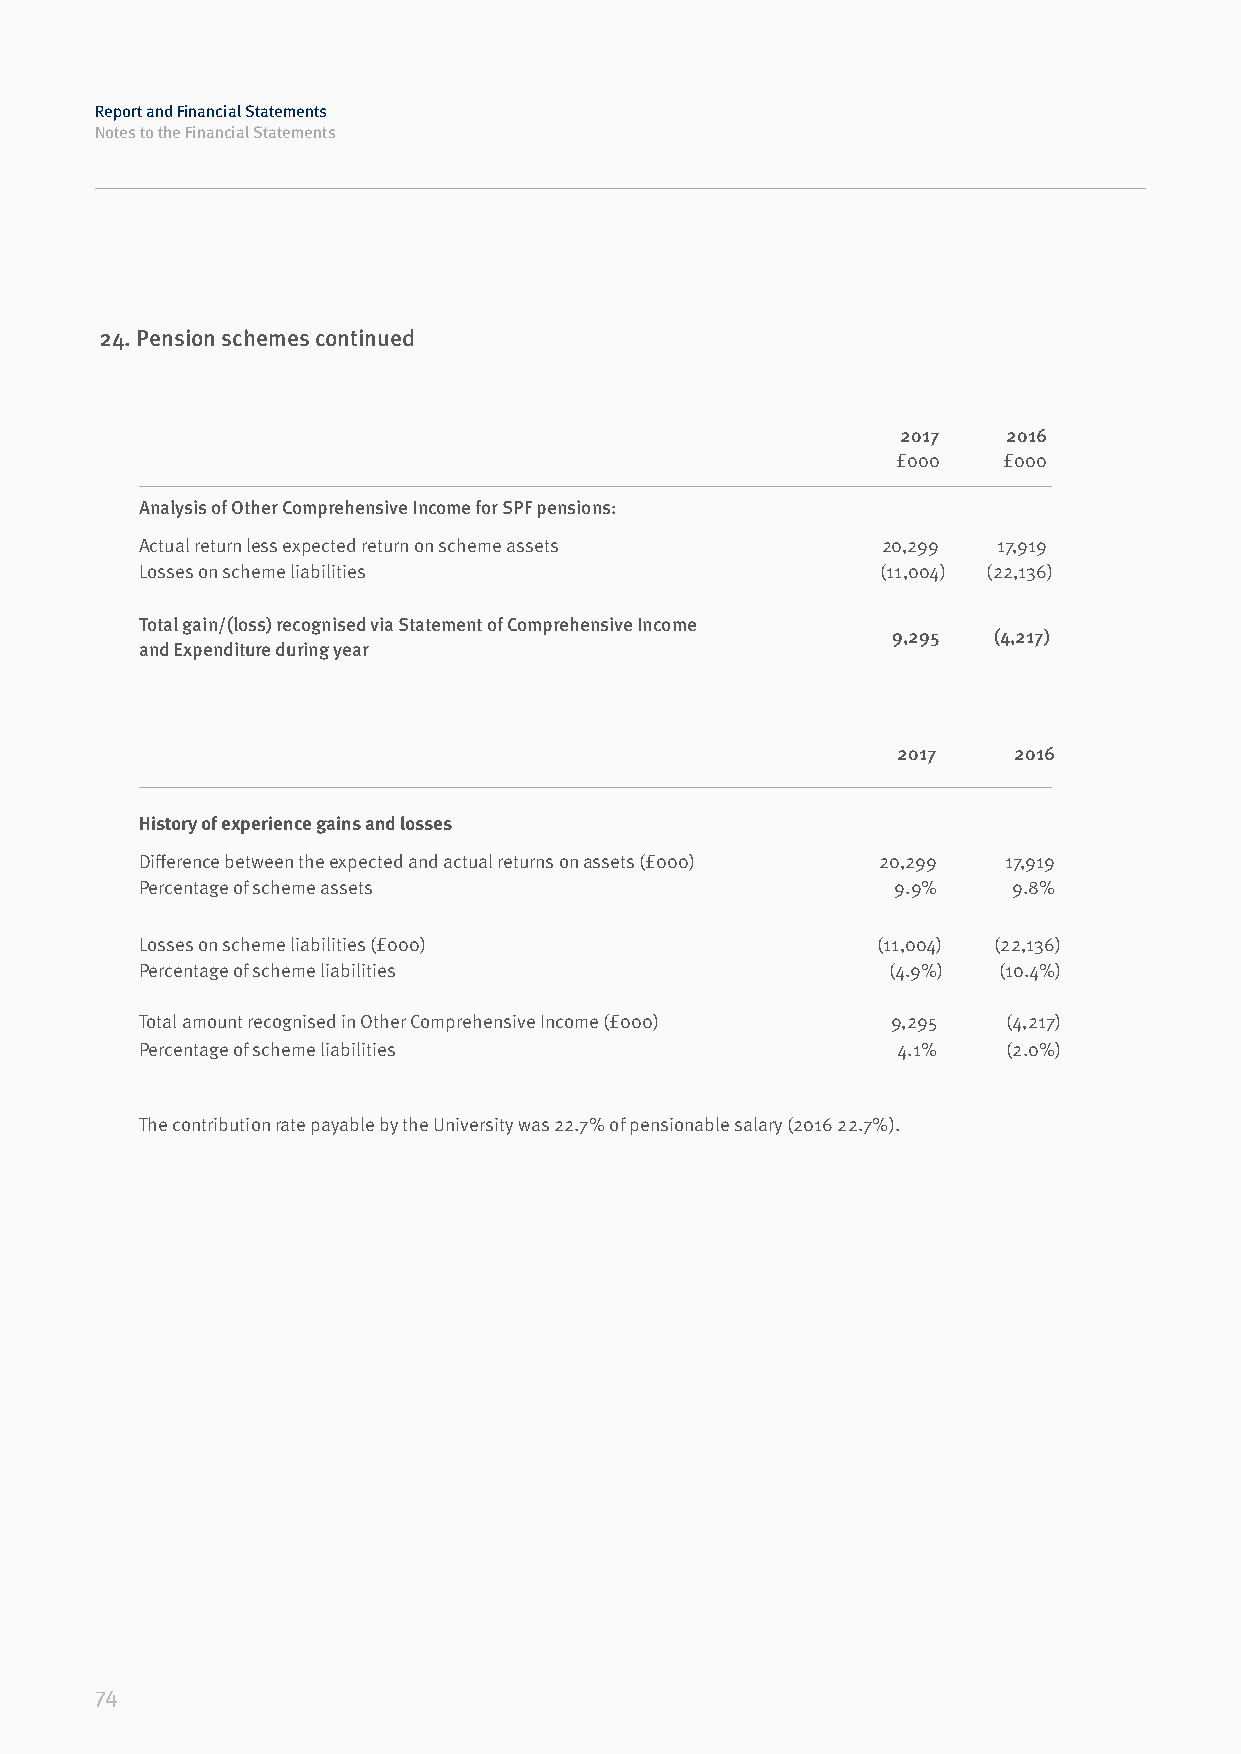
Report and Financial Statements
 Notes to the Financial Statements
 24. Pension schemes continued
 2017   2016
 £000   £000
 Analysis of Other Comprehensive Income for SPF pensions:
 Actual return less expected return on scheme assets 20,299 17,919
 Losses on scheme liabilities                     (11,004) (22,136)
 Total gain/(loss) recognised via Statement of Comprehensive Income
 9,295  (4,217)
 and Expenditure during year
 2017    2016
 History of experience gains and losses
 Difference between the expected and actual returns on assets (£000) 20,299 17,919
 Percentage of scheme assets                       9.9%    9.8%
 Losses on scheme liabilities (£000)              (11,004) (22,136)
 Percentage of scheme liabilities                  (4.9%) (10.4%)
 Total amount recognised in Other Comprehensive Income (£000) 9,295 (4,217)
 Percentage of scheme liabilities                  4.1%    (2.0%)
 The contribution rate payable by the University was 22.7% of pensionable salary (2016 22.7%).
 74